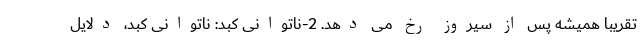
تقریباً همیشه پس از سیروز رخ می دهد. 2-ناتوانی کبد: ناتوانی کبد، دلایل